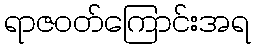
ရာဇဝတ်ကြောင်းအရ